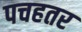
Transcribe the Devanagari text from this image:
पचहतर